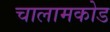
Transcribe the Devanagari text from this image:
चालामकोड